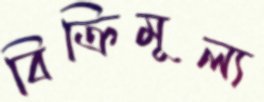
বিক্রিমূল্য